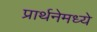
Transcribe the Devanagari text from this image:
प्रार्थनेमध्ये